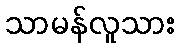
သာမန်လူသား